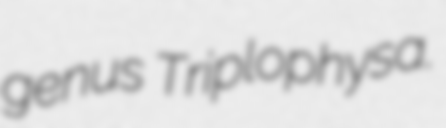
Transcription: genus Triplophysa.